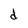
Character: d